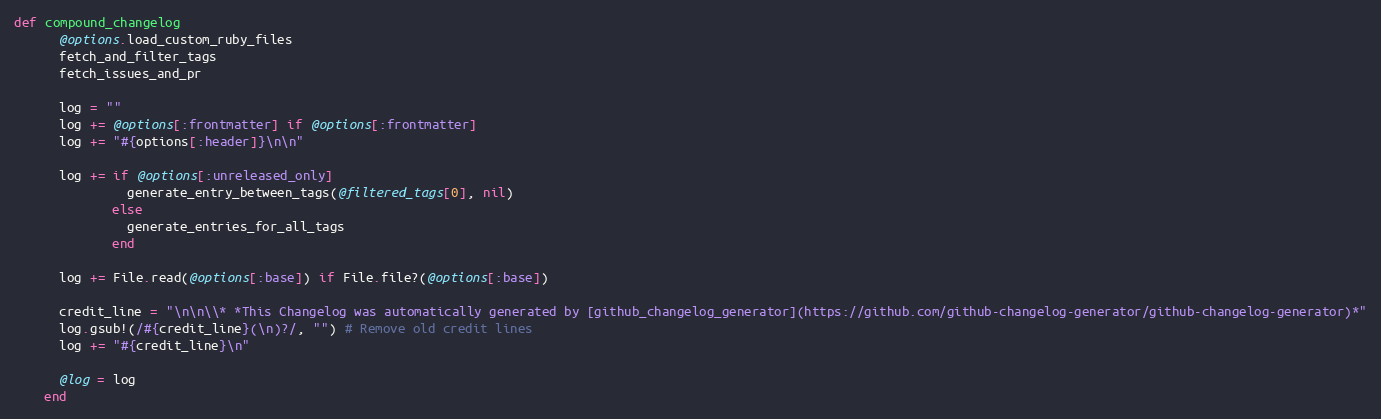
Language: Ruby
def compound_changelog
      @options.load_custom_ruby_files
      fetch_and_filter_tags
      fetch_issues_and_pr

      log = ""
      log += @options[:frontmatter] if @options[:frontmatter]
      log += "#{options[:header]}\n\n"

      log += if @options[:unreleased_only]
               generate_entry_between_tags(@filtered_tags[0], nil)
             else
               generate_entries_for_all_tags
             end

      log += File.read(@options[:base]) if File.file?(@options[:base])

      credit_line = "\n\n\\* *This Changelog was automatically generated by [github_changelog_generator](https://github.com/github-changelog-generator/github-changelog-generator)*"
      log.gsub!(/#{credit_line}(\n)?/, "") # Remove old credit lines
      log += "#{credit_line}\n"

      @log = log
    end